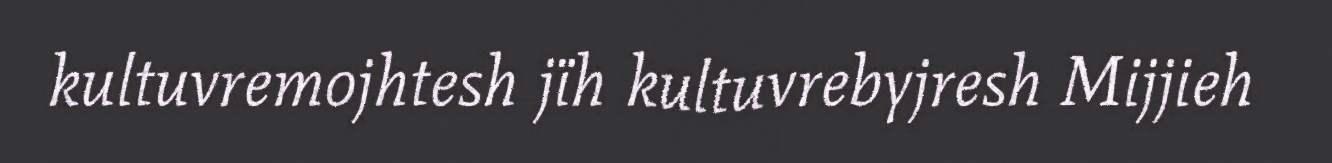
kultuvremojhtesh jïh kultuvrebyjresh Mijjieh